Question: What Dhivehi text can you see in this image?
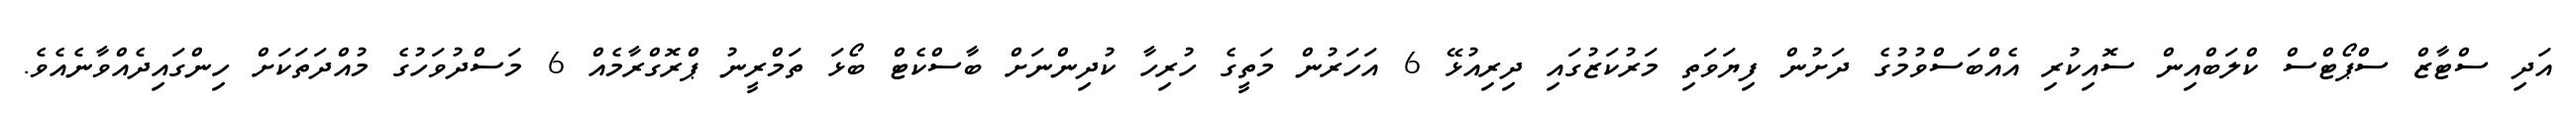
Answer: އަދި ސްޓާޒް ސްޕޯޓްސް ކްލަބްއިން ސޮއިކުރި އެއްބަސްވުމުގެ ދަށުން ފިޔަވަތި މަރުކަޒުގައި ދިރިއުޅޭ 6 އަހަރުން މަތީގެ ހުރިހާ ކުދިންނަށް ބާސްކެޓް ބޯޅަ ތަމްރީނު ޕްރޮގްރާމެއް 6 މަސްދުވަހުގެ މުއްދަތަކަށް ހިންގައިދެއްވާނެއެވެ.